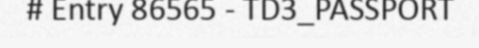
# Entry 86565 - TD3_PASSPORT